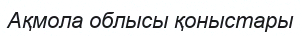
Ақмола облысы қоныстары